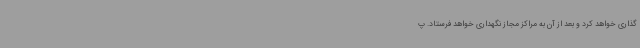
گذاری خواهد کرد و بعد از آن به مراکز مجاز نگهداری خواهد فرستاد. پ